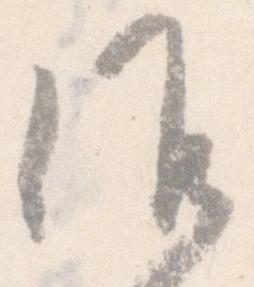
候